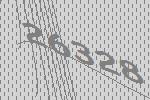
26328